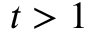
t > 1